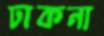
ঢাকনা